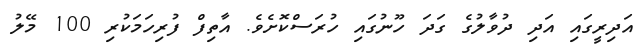
އަދިރީގައި އަދި ދުވާލުގެ ގަދަ ހޫނުގައި ހުރަސްކޮށެވެ. އާތިފް ފުރިހަމަކުރި 100 މޭލު